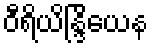
ဝီရိယိန္ဒြိယေန